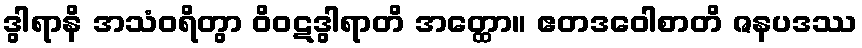
ဒွါရာနိ အသံဝရိတွာ ဝိဝဋဒွါရာတိ အတ္ထော။ ဧတဒဝေါစာတိ ဇနပဒဿ